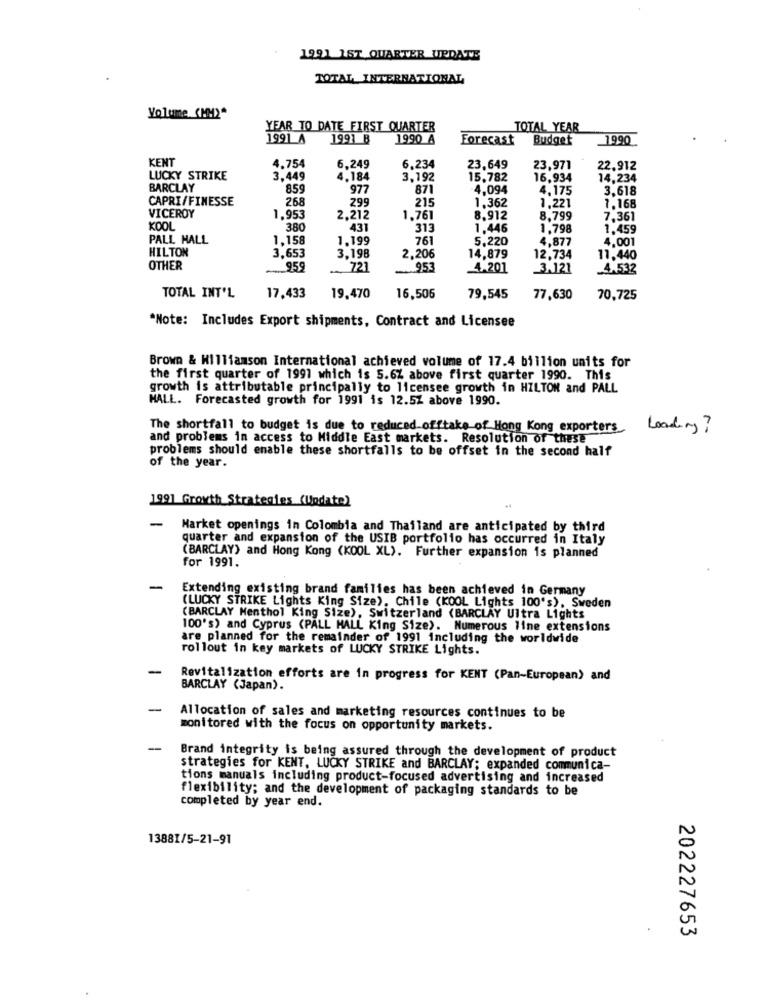
1991 1ST QUARTER UPDATE
TOTAL INTERNATIONAL
Volume (MM)*
YEAR TO DATE FIRST QUARTER
TOTAL YEAR
1991 A
1991 B
1990 A
Forecast
Budget
1990
KENT
4.754
6.249
6.234
23,649
23,971
22,912
LUCKY STRIKE
3.449
4.184
3,192
15,782
16,934
14,234
BARCLAY
8.59
977
871
4,094
4,175
3.618
CAPRI/FINESSE
268
215
7.168
VICEROY
299
1,362
1,221
1.953
2,212
1.761
8.912
8.799
7.361
KOOL
380
431
313
1.446
1,798
1.459
PALL MALL
1,158
1.199
761
5,220
4,877
4,001
HILTON
3,653
3,198
2,206
14,879
12,734
11,440
OTHER
959
721
953
4.201
_3,121
4.532
TOTAL INT'L
17,433
19.470
16,506
79,545
77,630
70,725
*Note: Includes Export shipments, Contract and Licensee
Brown & Williamson International achieved volume of 17.4 billion units for
the first quarter of 1991 which is 5.6% above first quarter 1990. This
growth is attributable principally to licensee growth in HILTON and PALL
HALL. Forecasted growth for 1991 is 12.5Z above 1990.
The shortfall to budget is due to reduced offtake of Hong Kong exporters Loading?
and problems in access to Middle East markets. Resolution of these
problems should enable these shortfalls to be offset in the second half
of the year.
1991 Growth Strategies (Update)
-
Market openings in Colombia and Thailand are anticipated by third
quarter and expansion of the USIB portfolio has occurred in Italy
(BARCLAY) and Hong Kong (KOOL XL). Further expansion is planned
for 1991.
-
Extending existing brand families has been achieved in Germany
(LUCKY STRIKE Lights King Size), Chile (KOOL Lights 100's), Sweden
(BARCLAY Menthol King Size), Switzerland (BARCLAY Ultra Lights
100's) and Cyprus (PALL MALL King Size). Numerous line extensions
are planned for the remainder of 1991 including the worldwide
rollout in key markets of LUCKY STRIKE Lights.
-
Revitalization efforts are in progress for KENT (Pan-European) and
BARCLAY (Japan).
-
Allocation of sales and marketing resources continues to be
monitored with the focus on opportunity markets.
-
Brand integrity is being assured through the development of product
strategies for KENT, LUCKY STRIKE and BARCLAY; expanded communica-
tions manuals including product-focused advertising and increased
flexibility; and the development of packaging standards to be
completed by year end.
13881/5-21-91
202227653